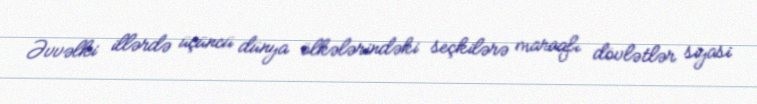
Əvvəlki illərdə üçüncü dünya ölkələrindəki seçkilərə maraqlı dövlətlər siyasi